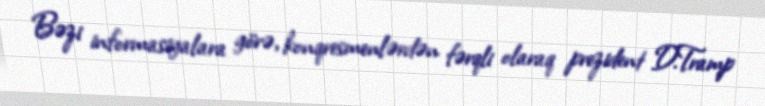
Bəzi informasiyalara görə, konqresmenlərdən fərqli olaraq prezident D.Tramp